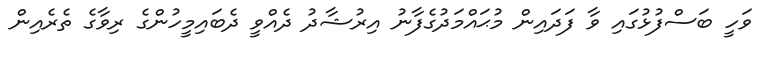
ވަހީ ބަސްފުޅުގައި ވާ ފަދައިން މުޙައްމަދުގެފާނު އިރުޝާދު ދެއްވީ ދެބައިމީހުންގެ ރިވާގެ ތެރެއިން